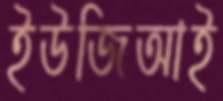
ইউজিআই